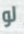
لو